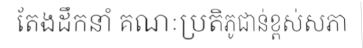
តែងដឹកនាំ គណៈប្រតិភូជាន់ខ្ពស់សភា